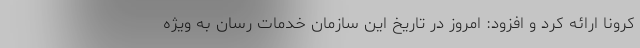
کرونا ارائه کرد و افزود: امروز در تاریخ این سازمان خدمات رسان به ویژه